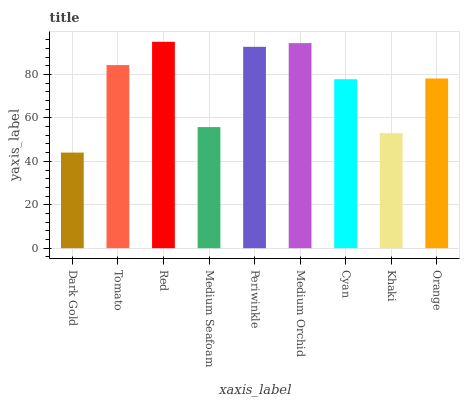
| xaxis_label | bars |
 | --- | --- |
 | Dark Gold | 44 |
 | Tomato | 84.3 |
 | Red | 95.1 |
 | Medium Seafoam | 55.8 |
 | Periwinkle | 92.8 |
 | Medium Orchid | 94.5 |
 | Cyan | 77.8 |
 | Khaki | 53 |
 | Orange | 78.2 |